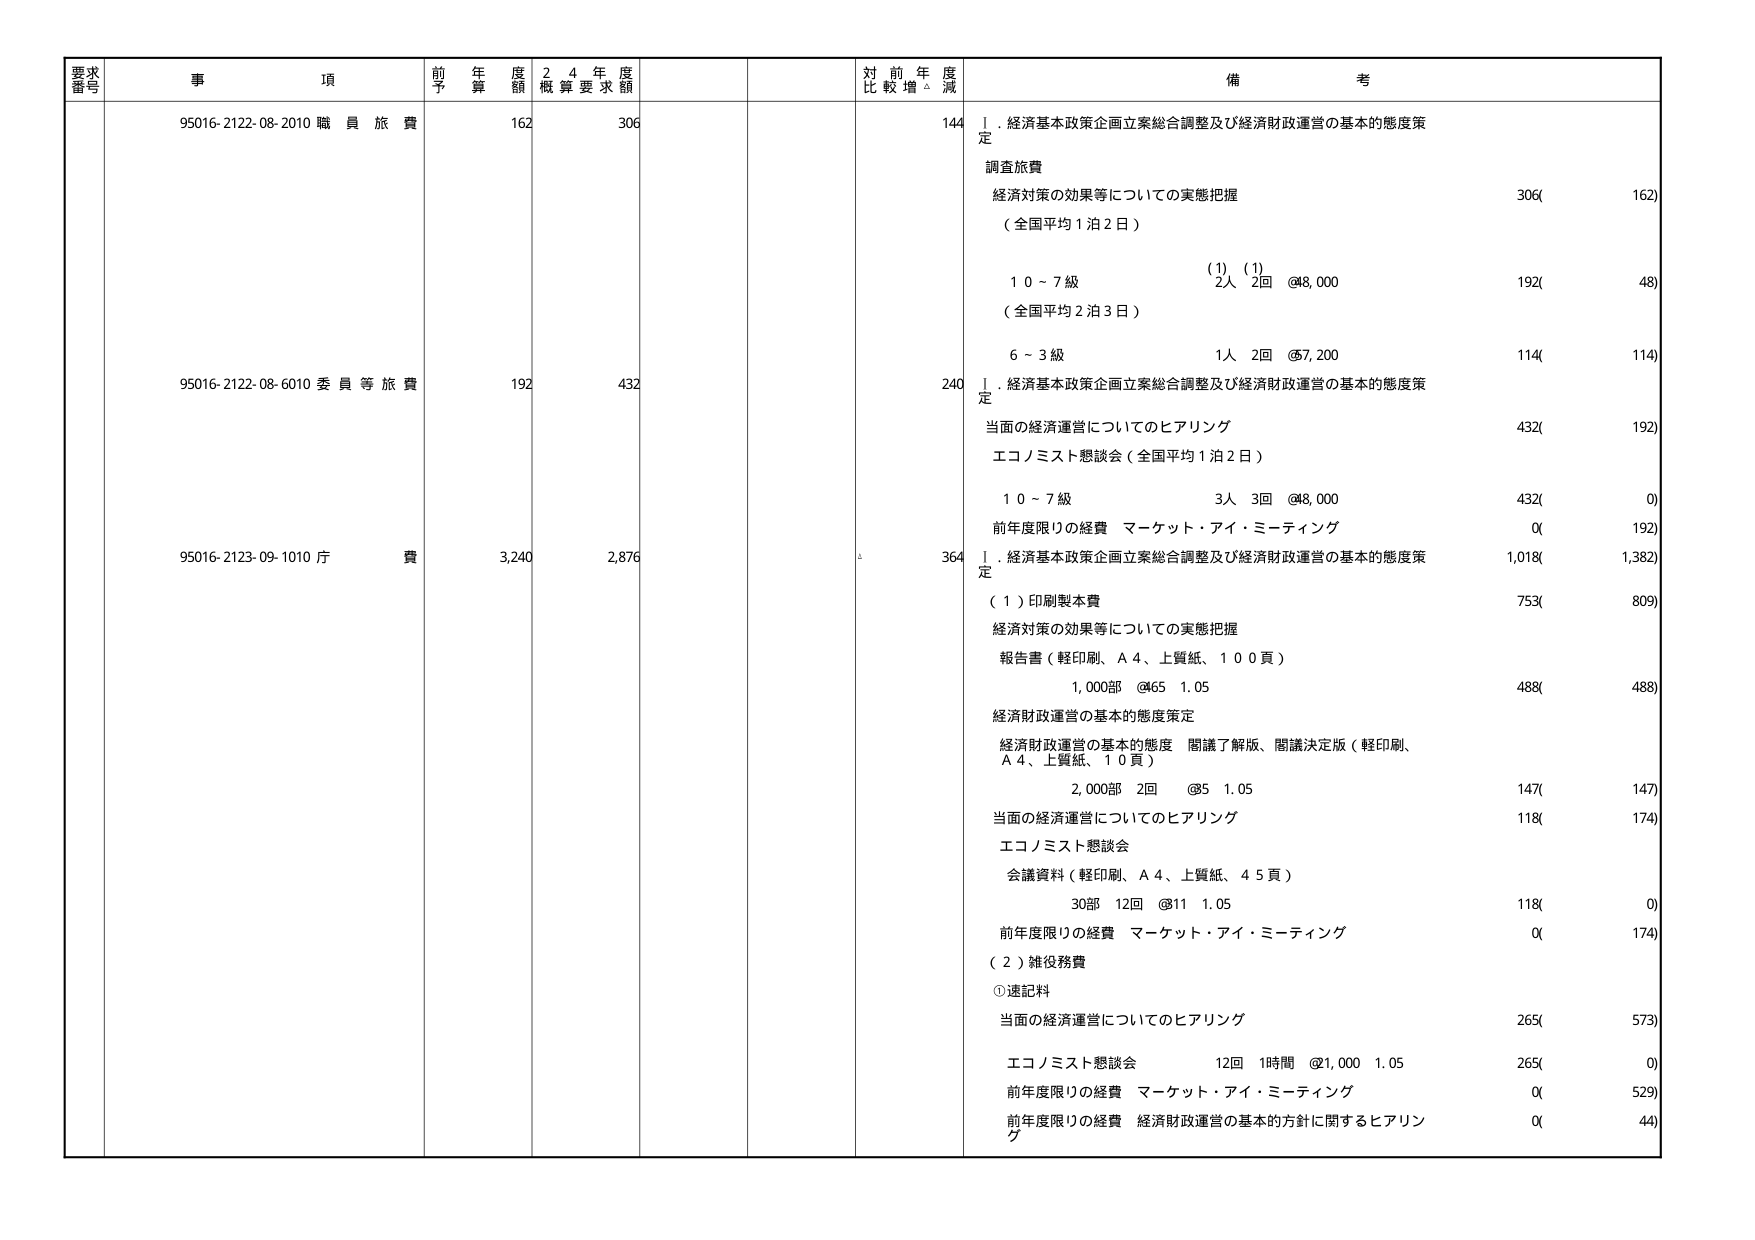
要求番号 事項 前年度予算額 24年度概算要求額 対前年度比較増減 備考
95016-2122-08-2010 職員旅費 162 306 144 Ⅰ．経済基本政策企画立案総合調整及び経済財政運営の基本的態度策定
調査旅費
経済対策の効果等についての実態把握 306( 162)
（全国平均1泊2日）
(1) (1)
10～7級 2人 2回 @8,000 192( 48)
（全国平均2泊3日）
6～3級 1人 2回 @7,200 114( 114)
95016-2122-08-6010 委員等旅費 192 432 240 Ⅰ．経済基本政策企画立案総合調整及び経済財政運営の基本的態度策定
当面の経済運営についてのヒアリング 432( 192)
エコノミスト懇談会（全国平均1泊2日）
10～7級 3人 3回 @8,000 432( 0)
前年度限りの経費 マーケット・アイ・ミーティング 0( 192)
95016-2123-09-1010 庁費 3,240 2,876 364 Ⅰ．経済基本政策企画立案総合調整及び経済財政運営の基本的態度策定
（1）印刷製本費 753( 809)
経済対策の効果等についての実態把握
報告書（軽印刷、A4、上質紙、100頁）
1,000部 @65 1.05 488( 488)
経済財政運営の基本的態度策定
経済財政運営の基本的態度 関講了解版、関議決定版（軽印刷、A4、上質紙、10頁）
2,000部 2回 @85 1.05 147( 147)
当面の経済運営についてのヒアリング 118( 174)
エコノミスト懇談会
会議資料（軽印刷、A4、上質紙、45頁）
30部 12回 @11 1.05 118( 0)
前年度限りの経費 マーケット・アイ・ミーティング 0( 174)
（2）雑役務費
①速記料
当面の経済運営についてのヒアリング 265( 573)
エコノミスト懇談会 12回 1時間 @1,000 1.05 265( 0)
前年度限りの経費 マーケット・アイ・ミーティング 0( 529)
前年度限りの経費 経済財政運営の基本的方針に関するヒアリング 0( 44)